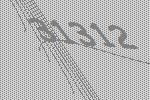
31312